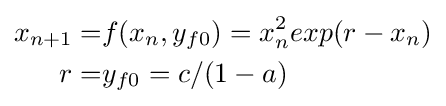
{\begin{aligned}x_{n+1}=&f(x_{n},y_{f0})=x_{n}^{2}exp(r-x_{n})\\r=&y_{f0}=c/(1-a)\\\end{aligned}}